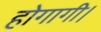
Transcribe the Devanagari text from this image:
होगागी।